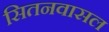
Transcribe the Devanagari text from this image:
सितनवासल